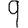
Digit: 9